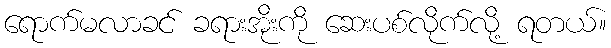
ရောက်မလာခင် ခရားအိုးကို ဆေးပစ်လိုက်လို့ ရတယ်။